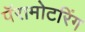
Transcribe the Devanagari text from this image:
पॅरामोटरिंग